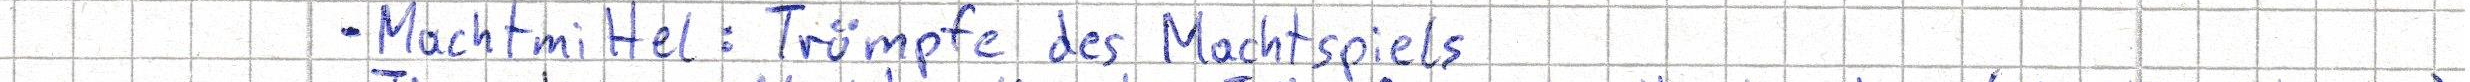
- Machtmittel: Trümpfe des Machtspiels